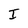
Character: I